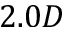
2 . 0 D